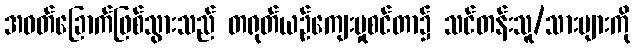
အဝတ်ခြောက်ဖြစ်သွားသည် တရုတ်ယဉ်ကျေးမှုစင်တာ၌ သင်တန်းသူ/သားများကို